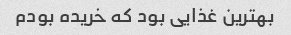
بهترین غذایی بود که خریده بودم